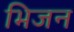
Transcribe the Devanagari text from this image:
भिजन